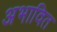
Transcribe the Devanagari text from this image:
अभावित